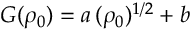
G ( \rho _ { 0 } ) = a \, ( \rho _ { 0 } ) ^ { 1 / 2 } + b